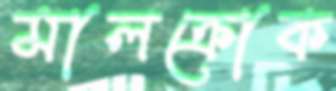
মালক্রোক